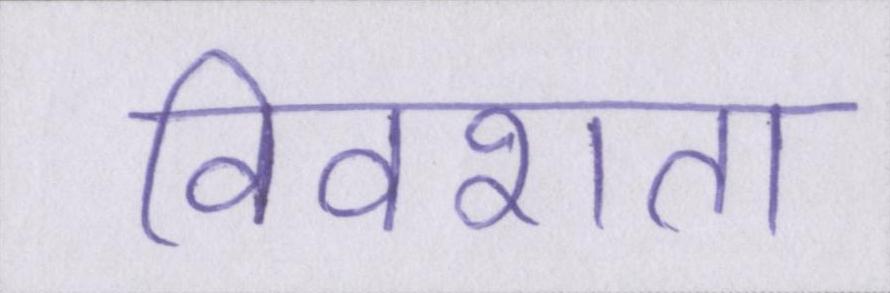
विवशता